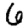
Digit: 6